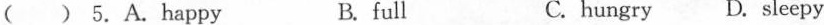
( ) 5.A.happy B. full C.hungry D.sleepy